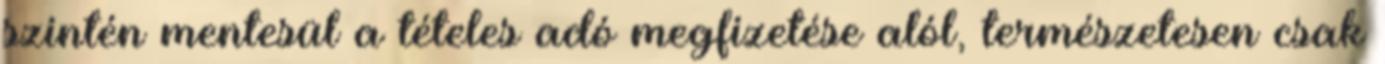
szintén mentesül a tételes adó megfizetése alól, természetesen csak